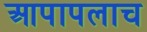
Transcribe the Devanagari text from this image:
आपापलाच